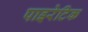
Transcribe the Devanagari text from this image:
पाइरेटिक